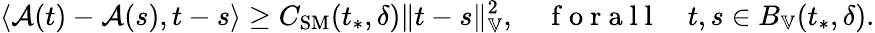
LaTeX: \langle\mathcal{A}(t)-\mathcal{A}(s),t-s\rangle\ge C_{\mathrm{SM}}(t_{*},\delta)\| t-s\| _{\mathbb{V}}^{2},\quad\mathrm{~f~o~r~a~l~l~}\quad t,s\in B_{\mathbb{V}}(t_{*},\delta).